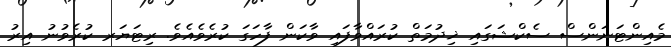
މެއިންޓަނަންސް ސެކްޝަގައި ޚިދުމަތް ކުރައްވާފައި ވާކަން ފާހަގަ ކުރެވެއެވެ. ރިޓަޔަރ ކުރެވުނު އިރު